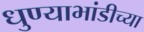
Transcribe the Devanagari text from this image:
धुण्याभांडीच्या